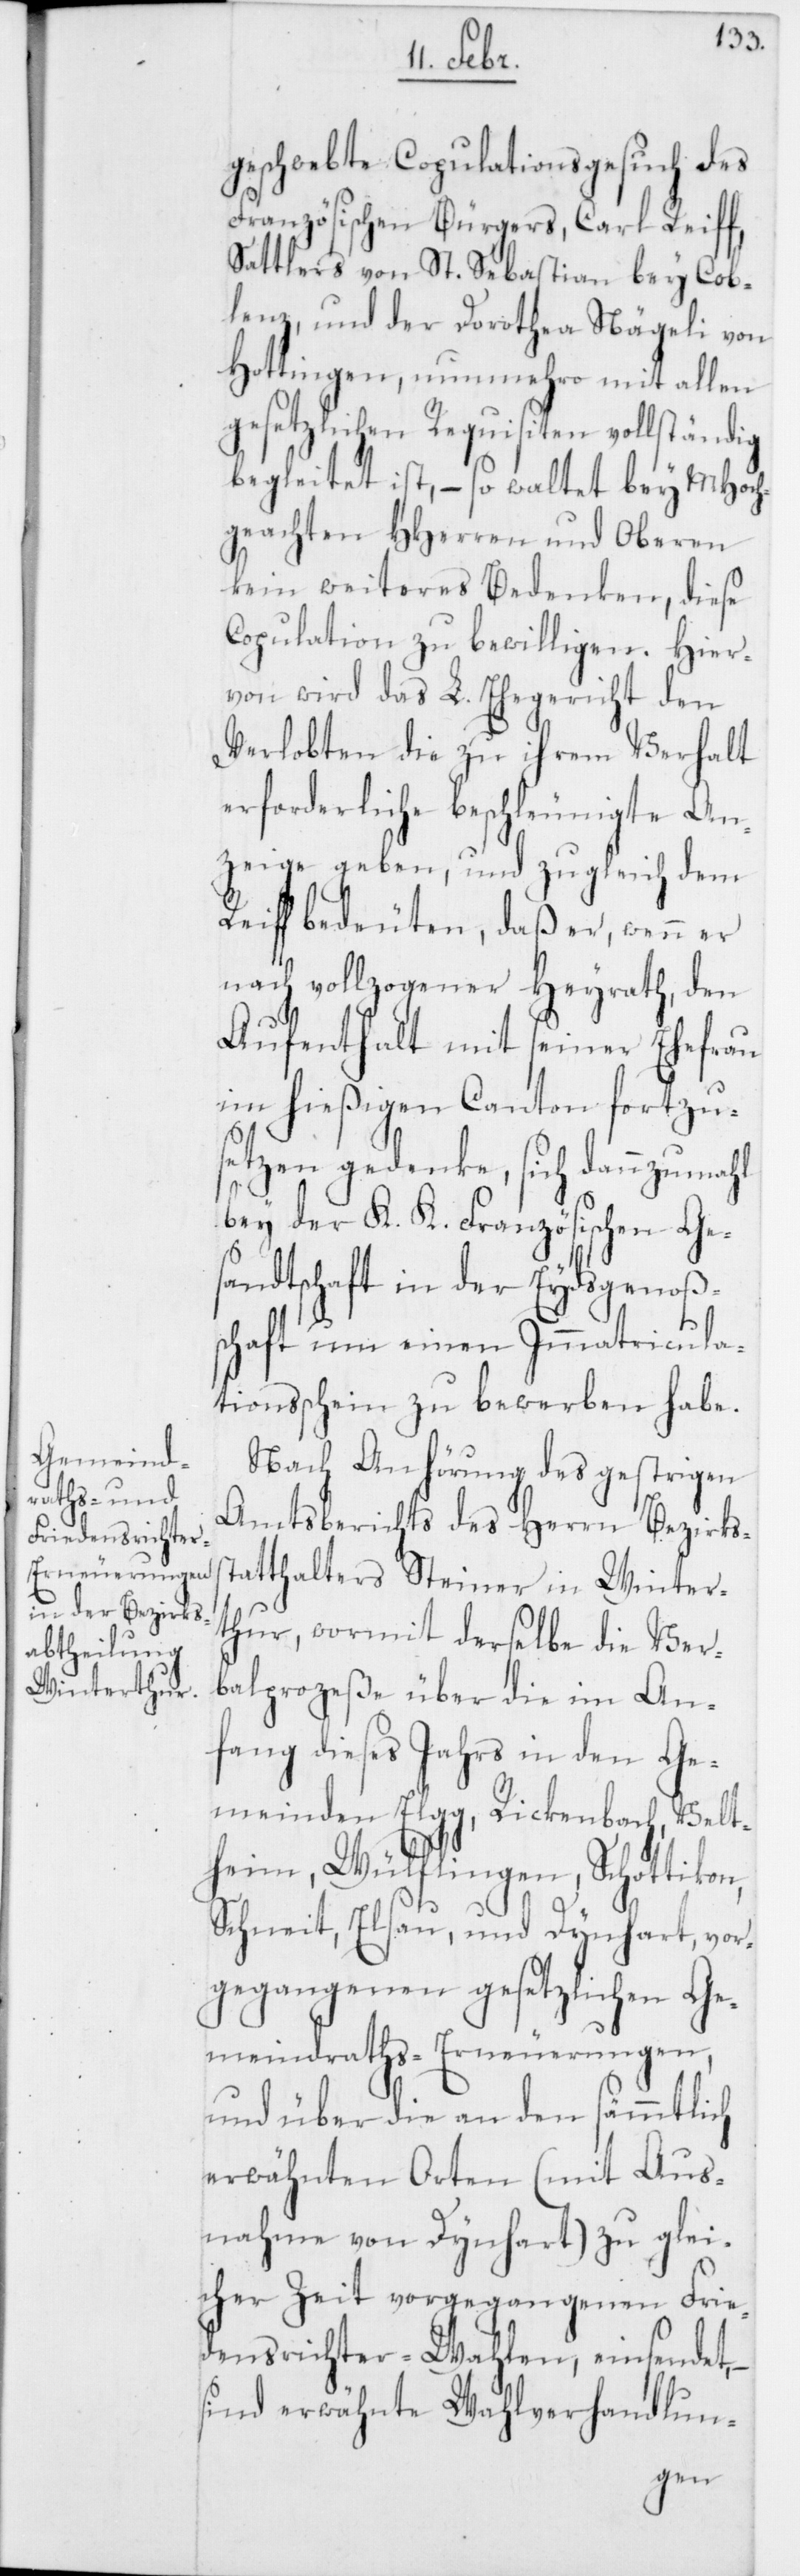
geschwebte Copulationsgesuch des
Französischen Bürgers, Carl Reiff,
Sattlers von St. Sebastian bey Cob¬
lenz, und der Dorothea Nägeli von
Hottingen, nunmehro mit allen
gesetzlichen Requisiten vollständig
begleitet ist, – so waltet bey MHoch¬
geachten HHerren und Oberen
kein weiteres Bedenken, diese
Copulation zu bewilligen. Hier¬
von wird das L. Ehegericht den
Verlobten die zu ihrem Verhalt
erforderliche beschleunigte An¬
zeige geben, und zugleich dem
Reiff bedeuten, daß er, wenn er
nach vollzogener Heyrath, den
Aufenthalt mit seiner Ehefrau
im hießigen Canton fortzu¬
setzen gedenke, sich dannzumahl
bey der K. K. Französischen Ges¬
andtschaft in der Eydsgenoßen¬
schaft um einen Immatricula¬
tionsschein zu bewerben habe.
Nach Anhörung des gestrigen
Amtsberichts des Herrn Bezirkss¬
tatthalters Steiner in Wintert¬
hur, wormit derselbe die Ver¬
balprozeße über die im An¬
fang dieses Jahrs in den Ge¬
meinden Elgg, Rickenbach, Velt¬
heim, Wülflingen, Schottikon,
Schneit, Elsau, und Dynhart, vor¬
gegangenen gesetzlichen Ge¬
meindraths-Erneuerungen,
und über die an den sämmtlich
erwähnten Orten (mit Aus¬
nahme von Dynhart) zu glei¬
cher Zeit vorgegangenen Frie¬
densrichter-Wahlen, einsendet,
sind erwähnte Wahlverhandlun-